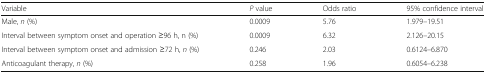
<table><thead><tr><td><b>Variable</b></td><td><b><i>P</i> value</b></td><td><b>Odds ratio</b></td><td><b>95% confidence interval</b></td></tr></thead><tbody><tr><td>Male, <i>n</i> (%)</td><td>0.0009</td><td>5.76</td><td>1.979–19.51</td></tr><tr><td>Interval between symptom onset and operation ≥96 h, n (%)</td><td>0.0009</td><td>6.32</td><td>2.126–20.15</td></tr><tr><td>Interval between symptom onset and admission ≥72 h, <i>n</i> (%)</td><td>0.246</td><td>2.03</td><td>0.6124–6.870</td></tr><tr><td>Anticoagulant therapy, <i>n</i> (%)</td><td>0.258</td><td>1.96</td><td>0.6054–6.238</td></tr></tbody></table>